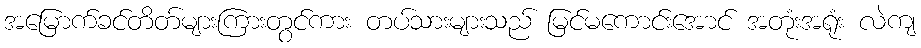
အမြောက်ခင်တိတ်များကြားတွင်ကား တပ်သားများသည် မြင်မကောင်းအောင် အတုံးအရုံး လဲကျ